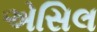
એસિલ